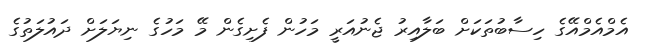
އެމްއެމްއޭގެ ހިސާބުތަކަށް ބަލާއިރު ޖެނުއަރީ މަހުން ފެށިގެން މޭ މަހުގެ ނިޔަލަށް ދައުލަތުގެ